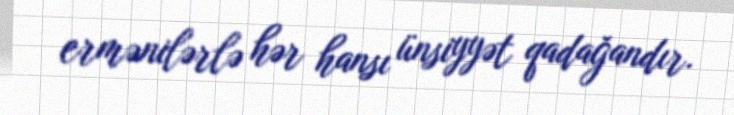
ermənilərlə hər hansı ünsiyyət qadağandır.